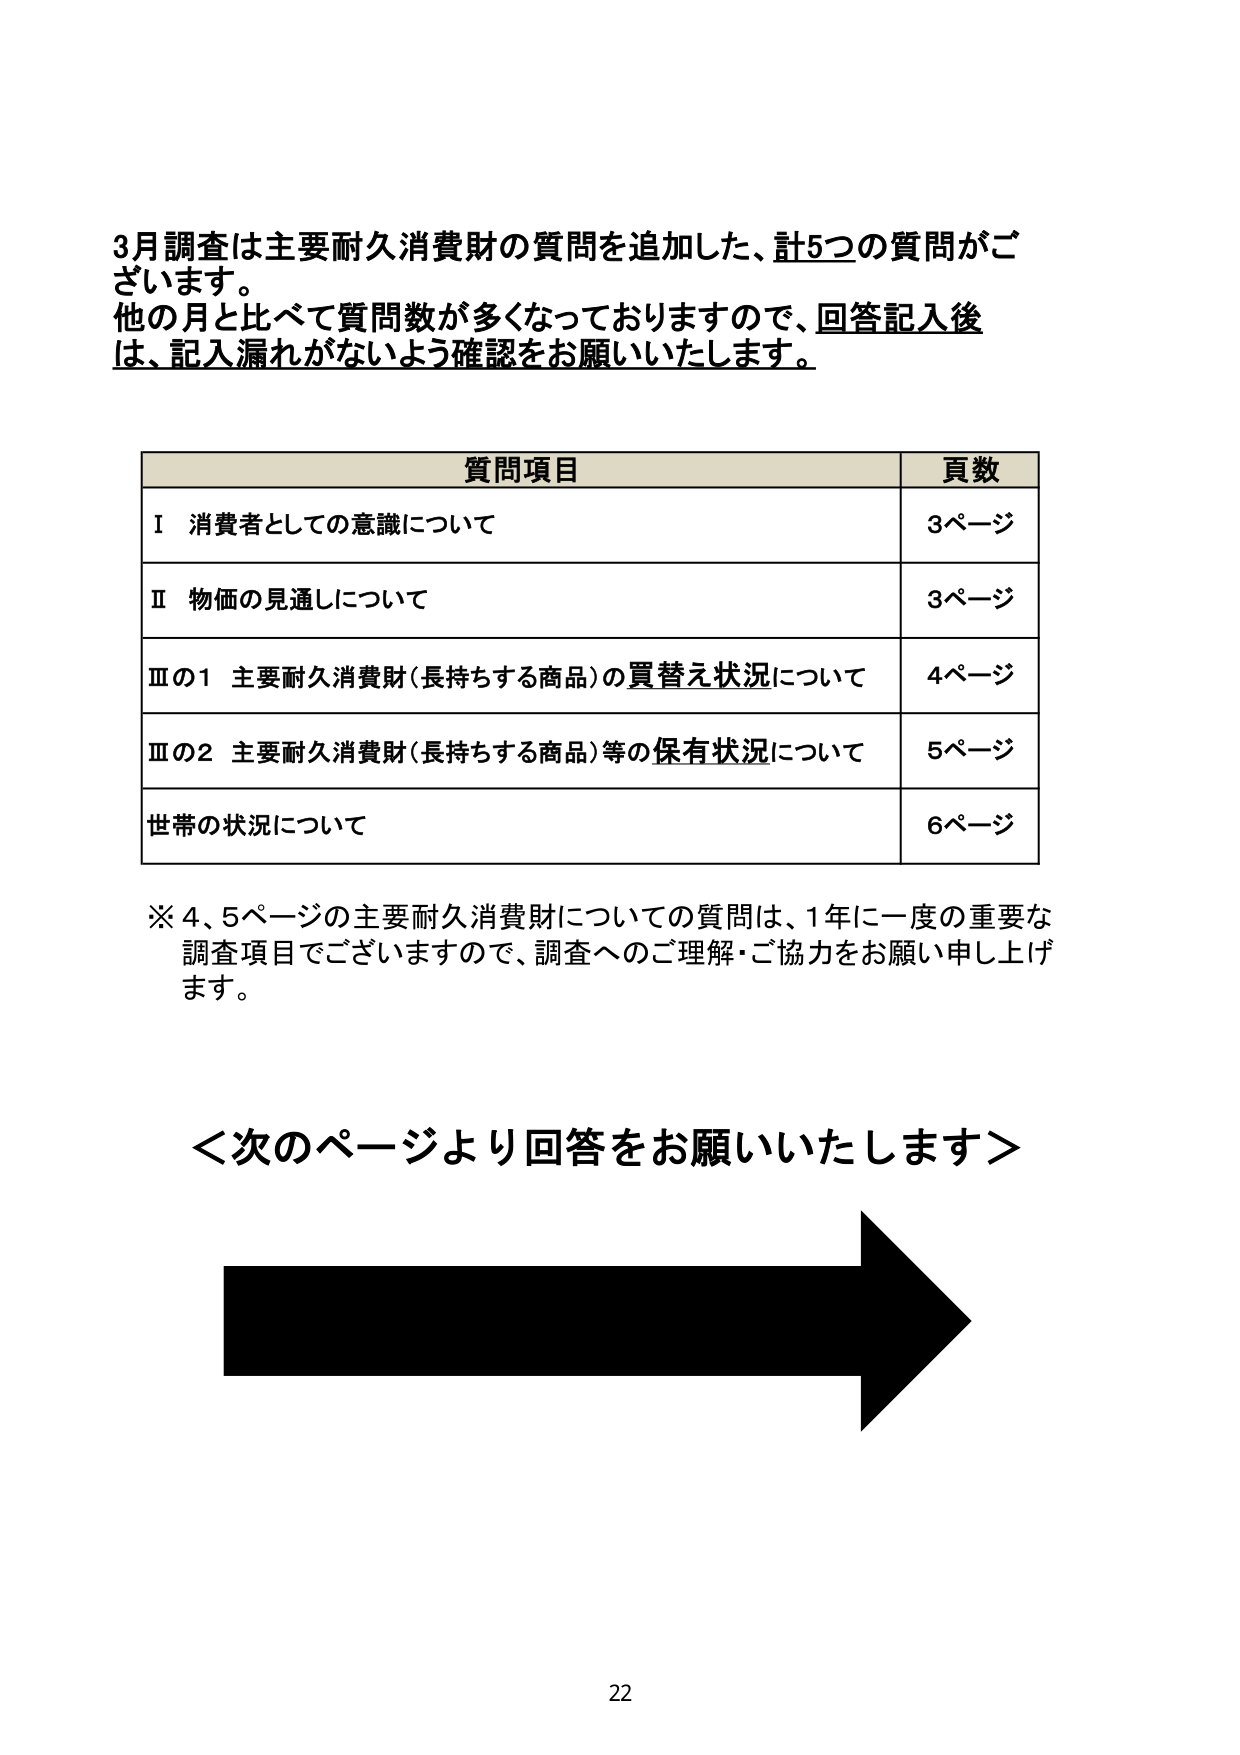
3月調査は主要耐久消費財の質問を追加した、計5つの質問がございます。
他の月と比べて質問数が多くなっておりますので、回答記入後は、記入漏れがないよう確認をお願いいたします。

質問項目 資数
Ⅰ 消費者としての意識について 3ページ
Ⅱ 物価の見通しについて 3ページ
Ⅲの1 主要耐久消費財（長持ちする商品）の買替え状況について 4ページ
Ⅲの2 主要耐久消費財（長持ちする商品）等の保有状況について 5ページ
世帯の状況について 6ページ

※4、5ページの主要耐久消費財についての質問は、1年に一度の重要な調査項目でございますので、調査へのご理解・ご協力をお願い申し上げます。

＜次のページより回答をお願いいたします＞

22